Voisiku_vallavalitsus, lk 373
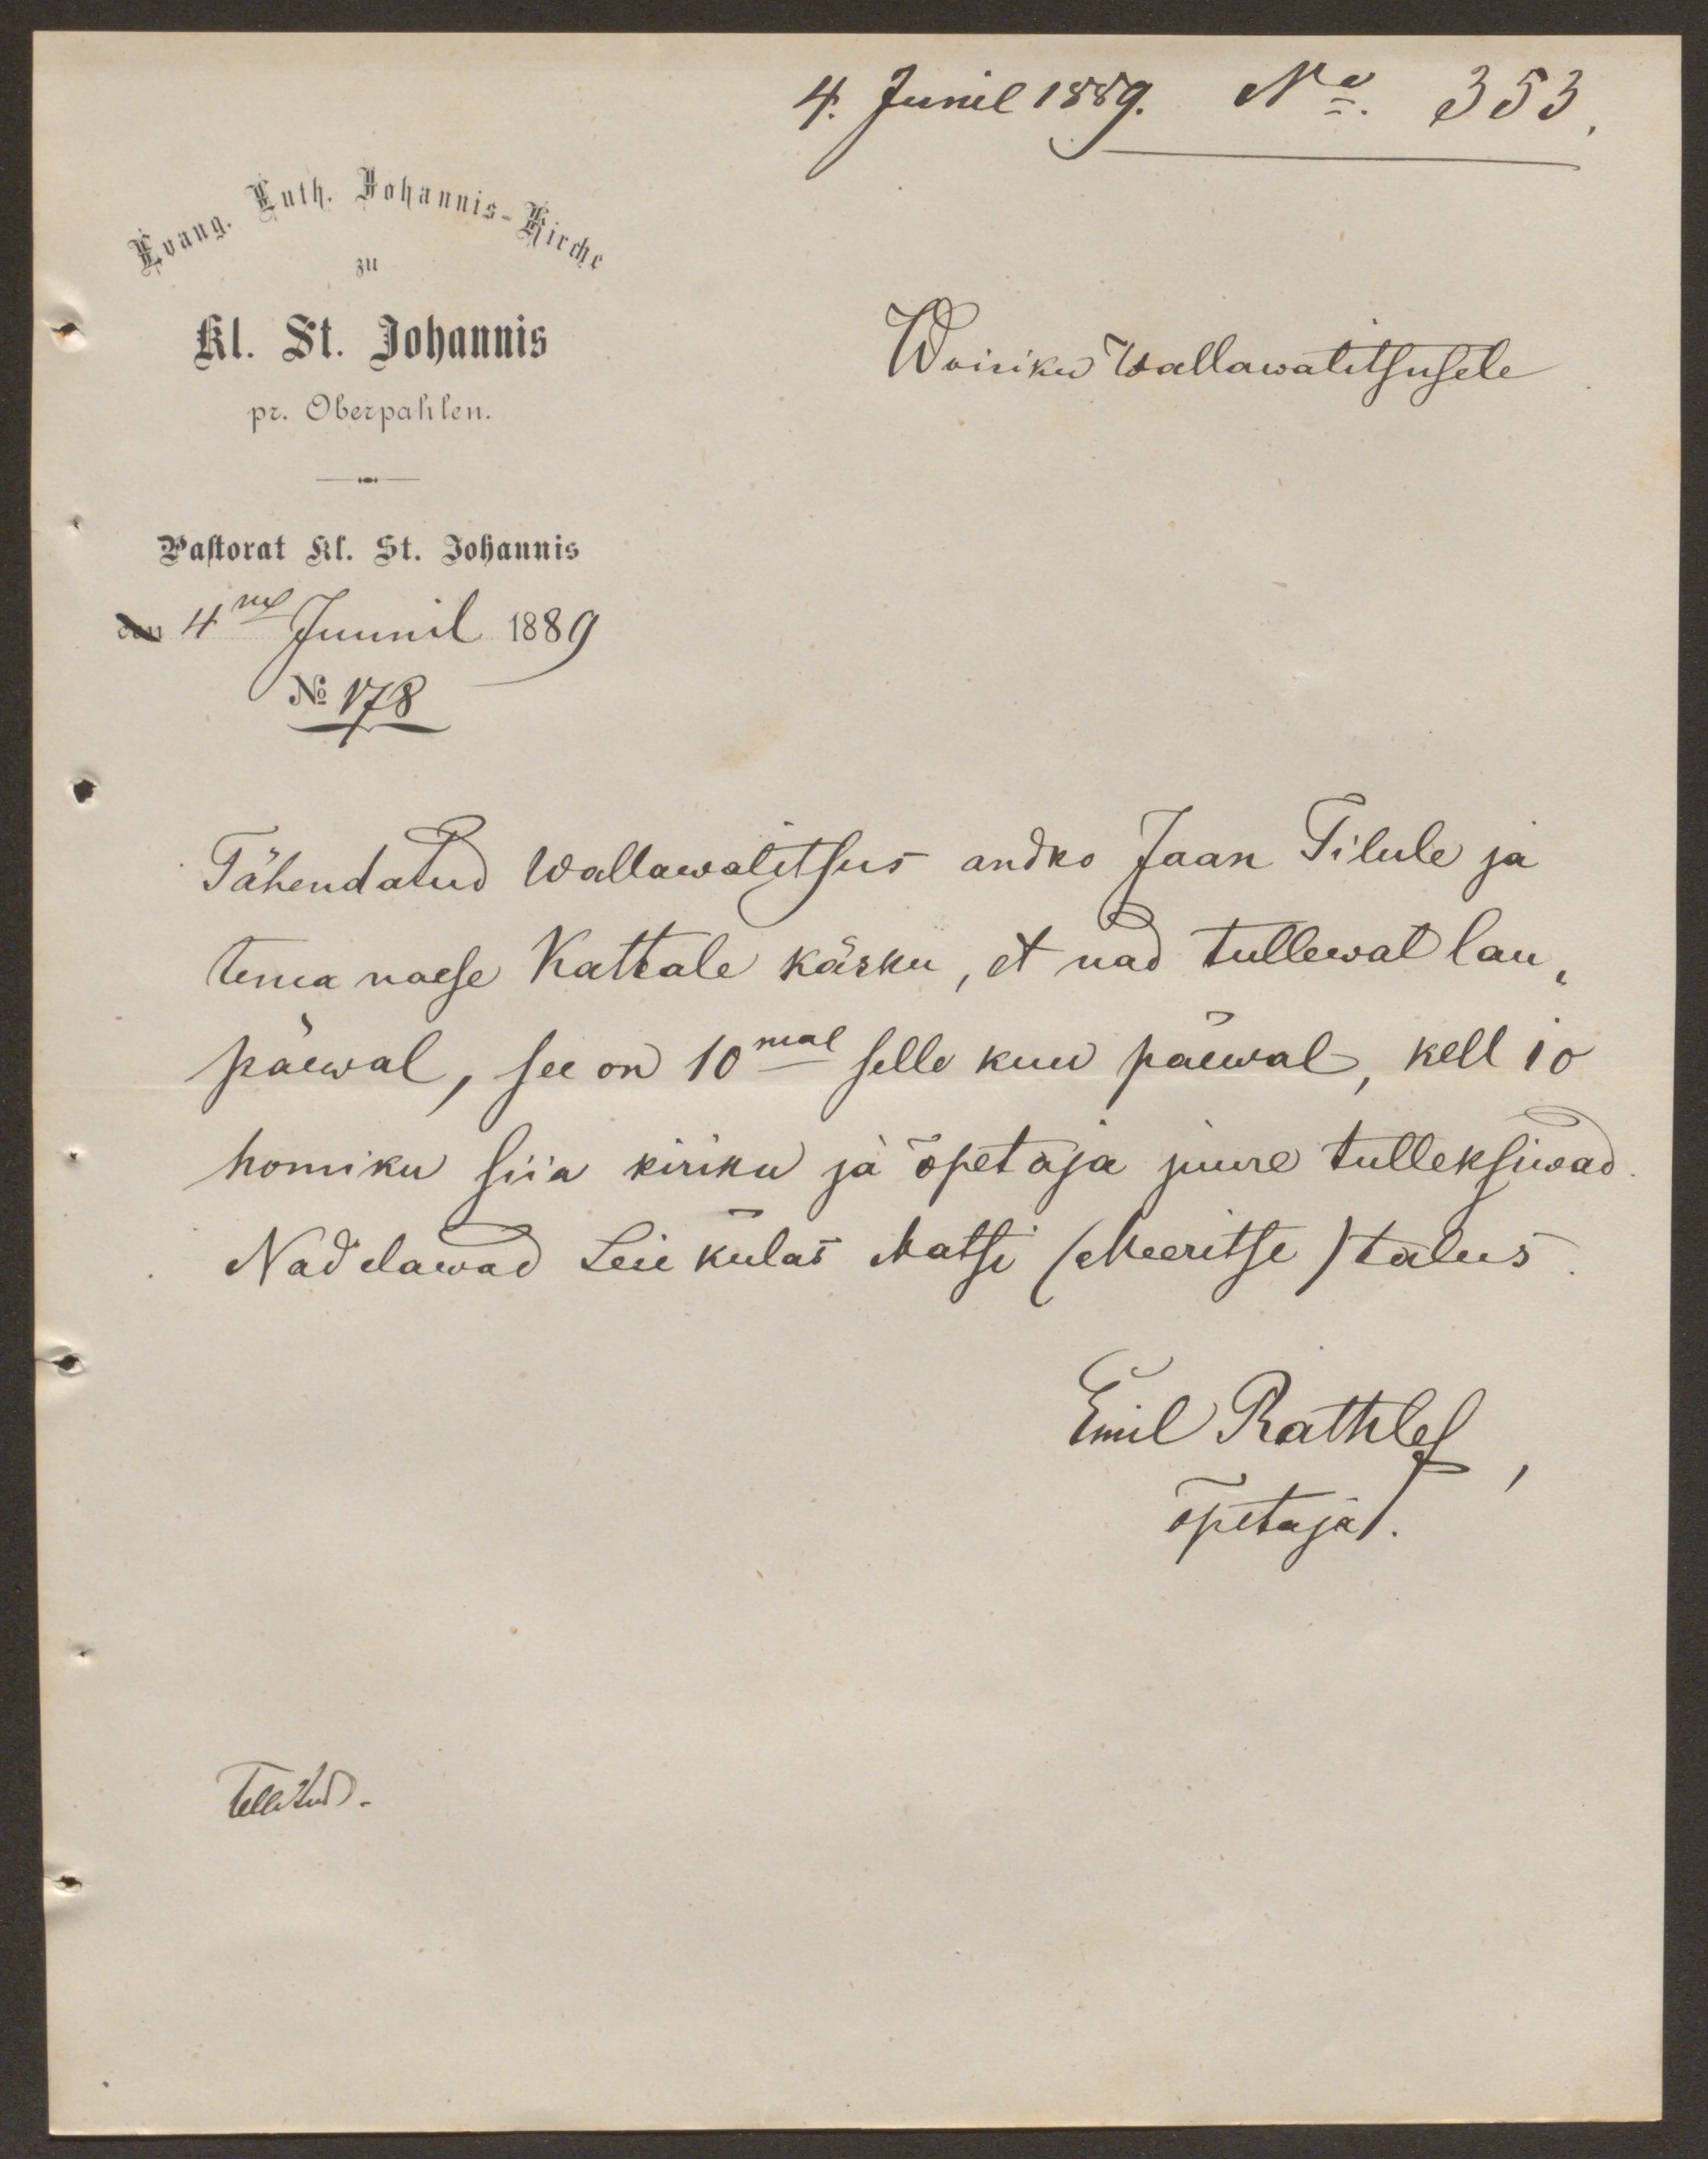
4. Junil 1889. No. 353
Woisiku Wallawalitsusele
4mal Juunil 1889
No 178
Tähendatud Wallawalitsus andko Jaan Tilule ja
tema naese Kattale käsku, et nad tullewat lau-
päewal, see on 10mal selle kuu päeval, kell 10
homiku siia kiriku ja õpetaja juure tulleksiwad
Nad elawad Leie külas Matsi (Meeritse) talus
Emil Rathlef
õpetaja.

Tellitud.